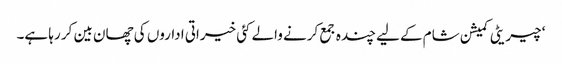
‘ چیریٹی کمیشن شام کے لیے چندہ جمع کرنے والے کئی خیراتی اداروں کی چھان بین کر رہا ہے۔